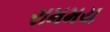
રામમય